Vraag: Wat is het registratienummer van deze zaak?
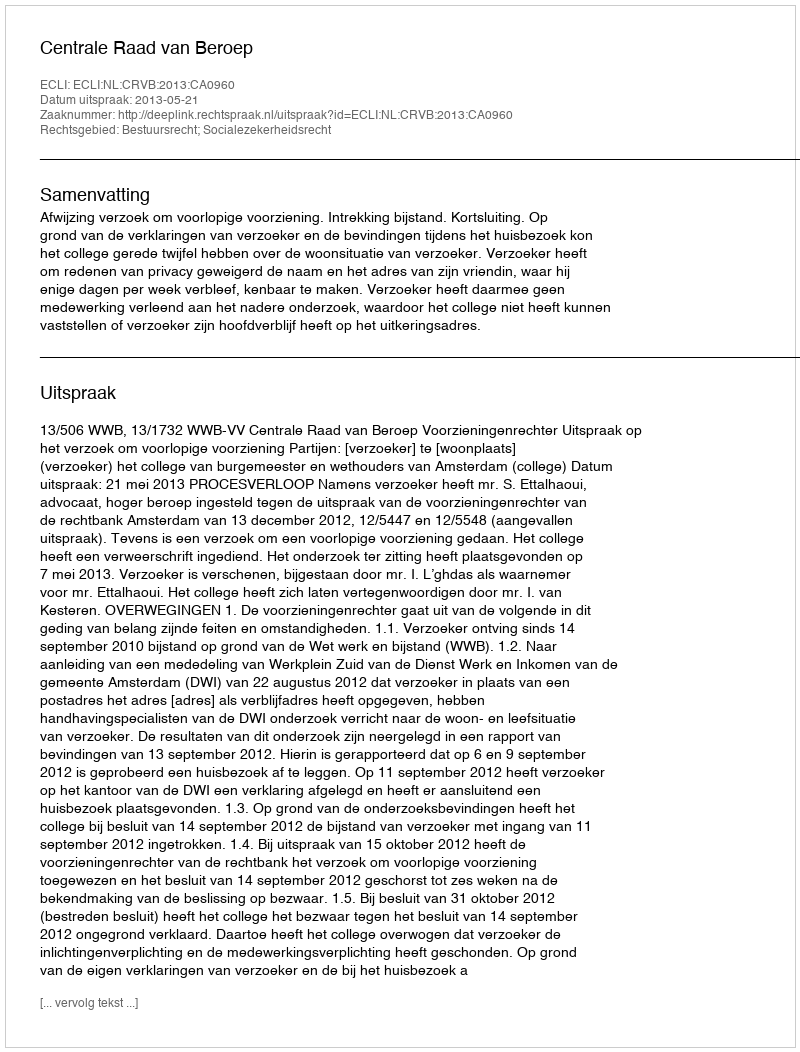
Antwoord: http://deeplink.rechtspraak.nl/uitspraak?id=ECLI:NL:CRVB:2013:CA0960